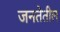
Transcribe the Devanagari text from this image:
जनतेतील